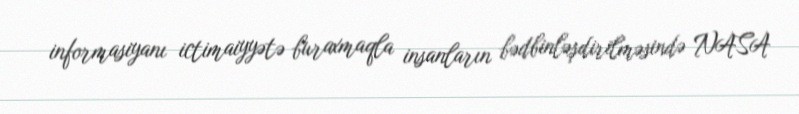
informasiyanı ictimaiyyətə buraxmaqla insanların bədbinləşdirilməsində NASA